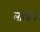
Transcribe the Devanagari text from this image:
लाफिग